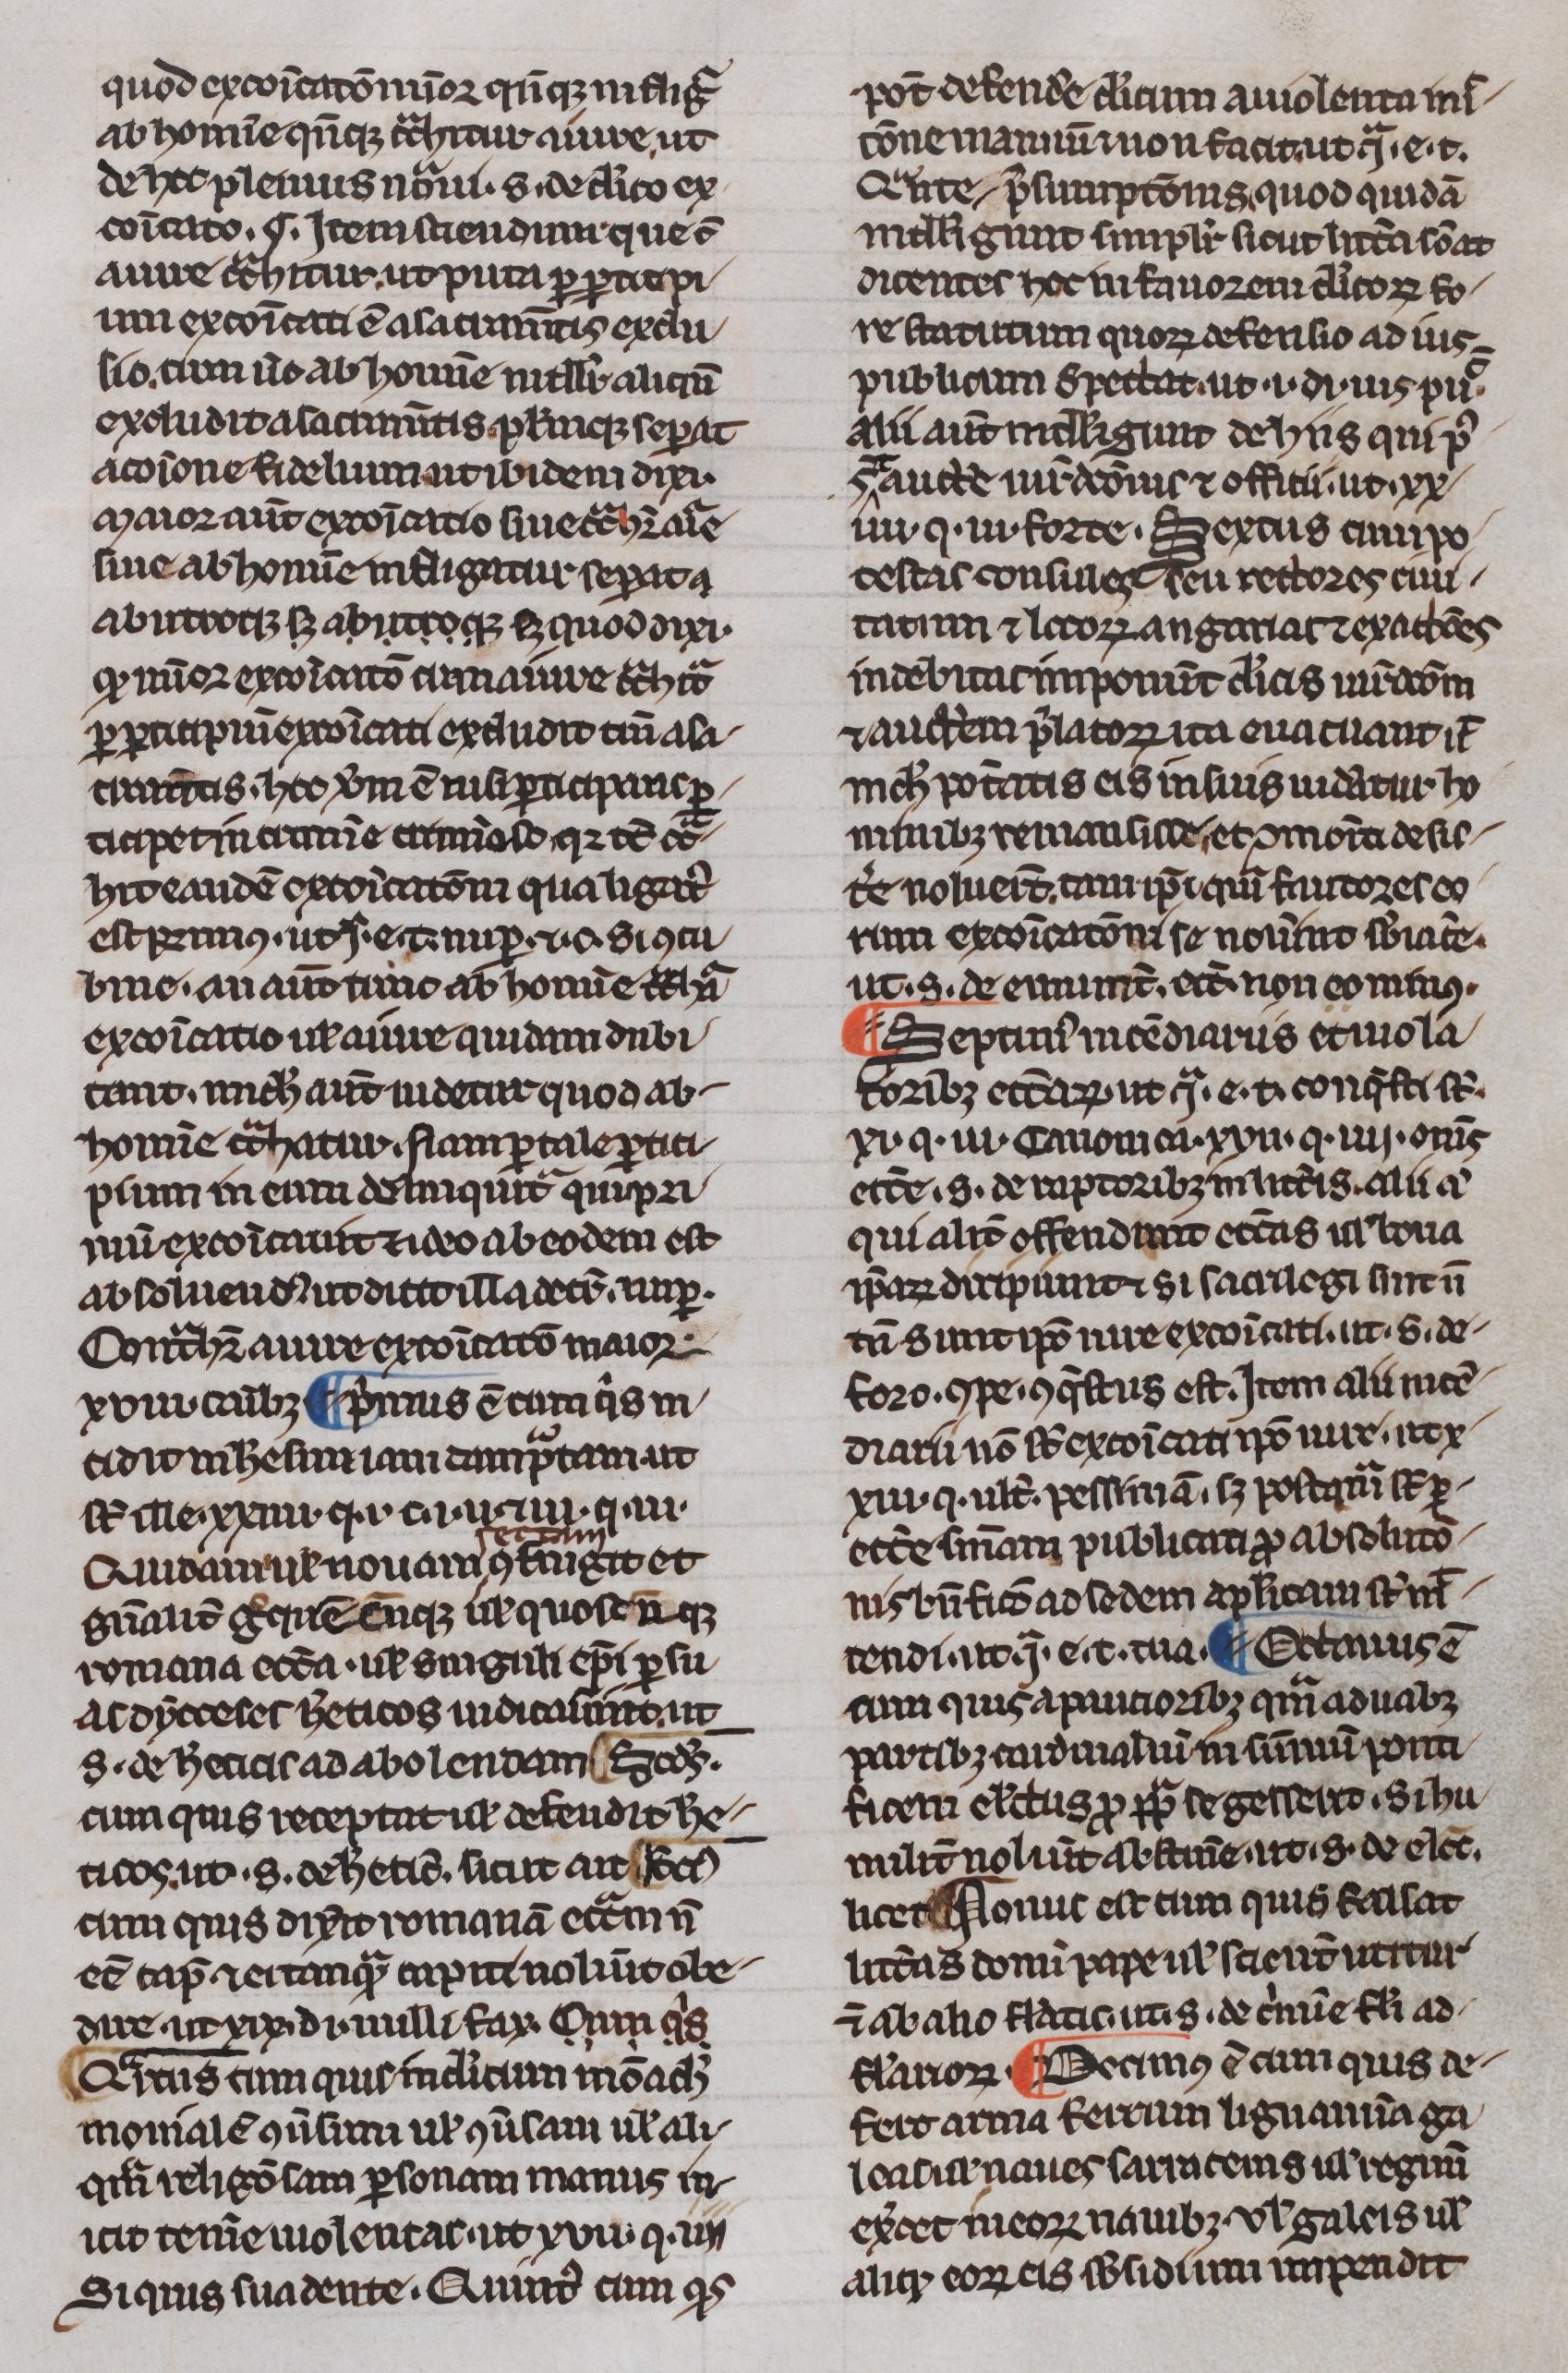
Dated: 1300–1330